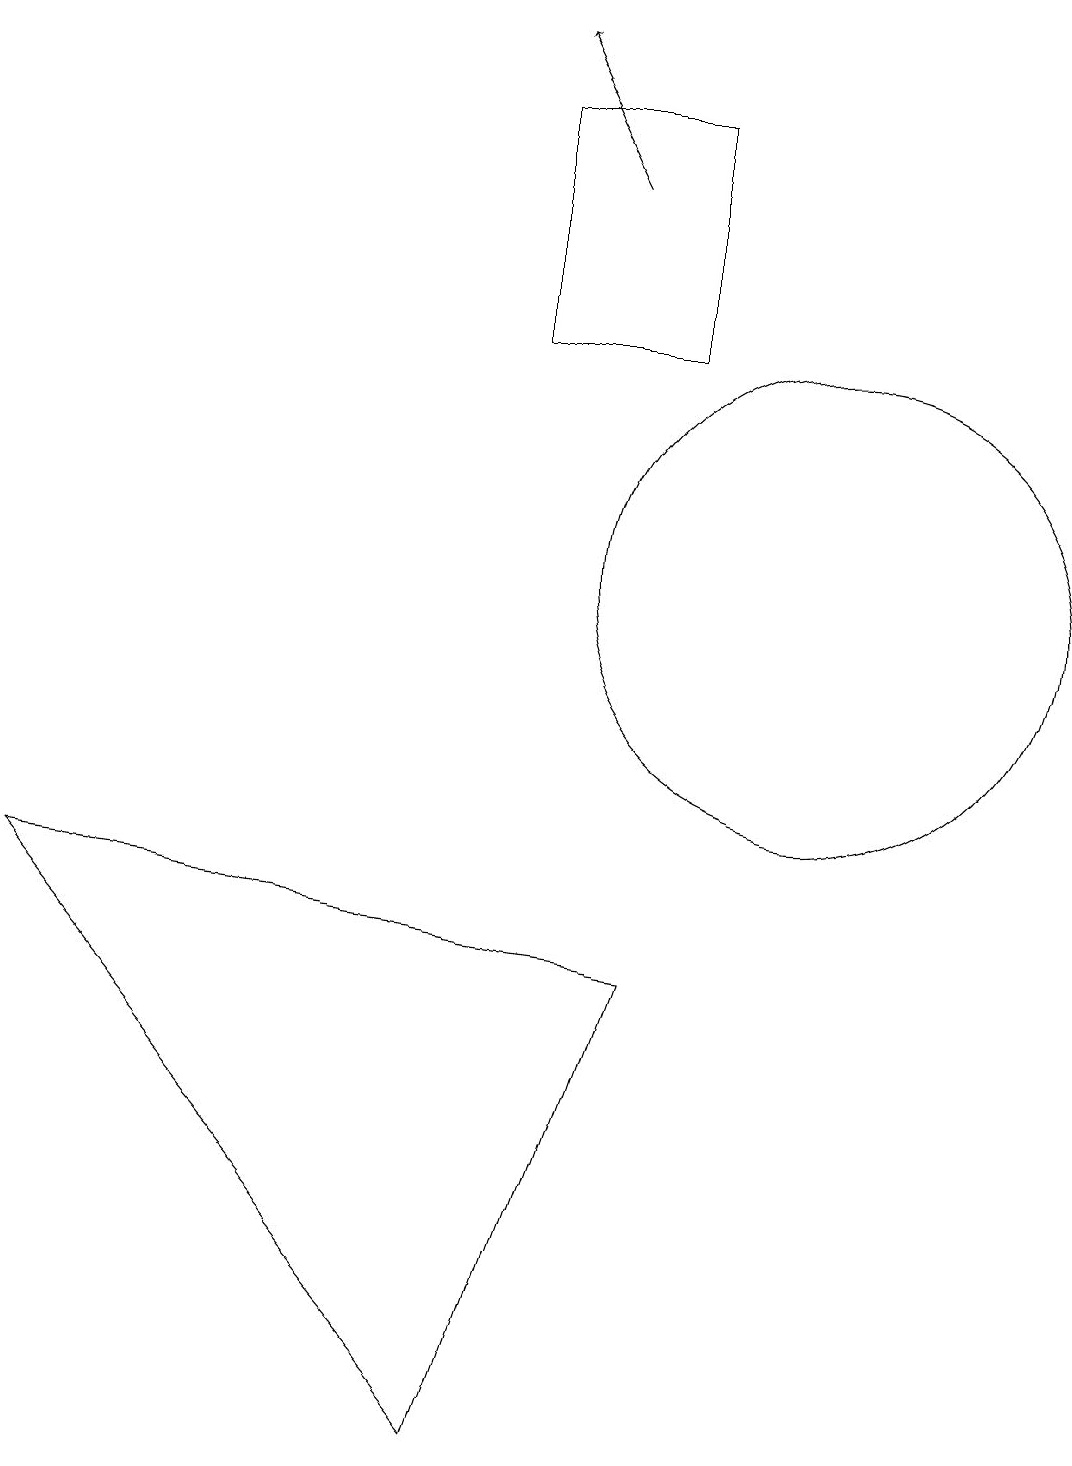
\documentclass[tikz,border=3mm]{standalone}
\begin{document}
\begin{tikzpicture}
\draw (9,6) -- (7,0) -- (1,7) -- cycle;
\draw (11,11) circle (3);
\draw (9,17) rectangle (7,14);
\draw[->] (8,16) -- (7,18);
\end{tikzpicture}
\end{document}